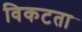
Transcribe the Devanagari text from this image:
विकटता